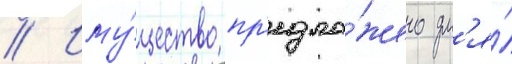
// Иму́щество пр'едло́жено дл'я́